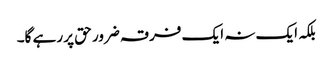
بلکہ ایک نہ ایک فرقہ ضرور حق پر رہے گا۔